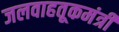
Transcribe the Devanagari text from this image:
जलवाहतूकमंत्री